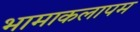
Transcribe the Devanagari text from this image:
भामाकलापम